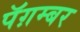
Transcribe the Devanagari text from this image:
पॅग़म्बर